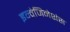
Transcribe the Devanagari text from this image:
इन्वेजिनेशंस